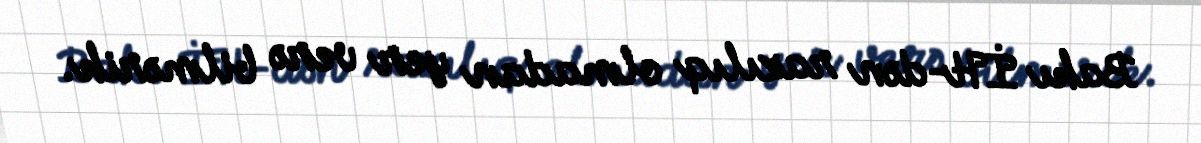
Bakı İH-dən razılıq olmadan yer verə bilmərik.